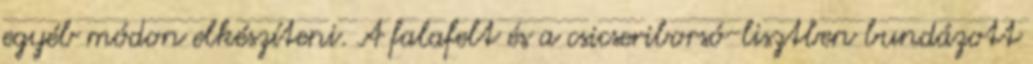
egyéb módon elkészíteni. A falafelt és a csicseriborsó-lisztben bundázott